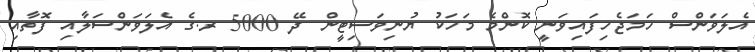
އެލަވަންސް ހަމަޖެހިފައިވަނީ ކޮންމެ މަހަކު ޔުނިވަސިޓީން ދޭ 5000 ރ.ގެ އެލަވަންސަލާއި ފޮތާއި